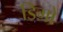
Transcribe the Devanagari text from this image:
डिगो